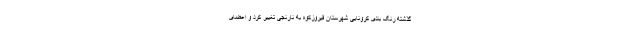
گذشته رنگ بندی کرونایی شهرستان فیروزکوه به نارنجی تغییر کرد و اعضای